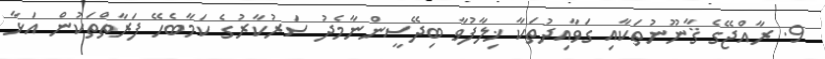
9. ރާއްޖޭގެ ޤާނޫނުތަކާއި ގަވާއިދުތަކާ ޚިލާފުވާ ބިދޭސީންނާމެދު ސަރުކާރުގެ ކަމާބެހޭ ފަރާތްތަކުން އަޅާ